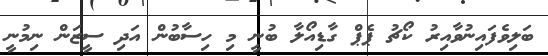
ބަލިވެފައިނުވާއިރު ކޯޗު ޕެޕް ގާޑިއޯލާ ބުނީ މި ހިސާބުން އަދި ސީޒަން ނިމުނީ